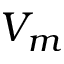
V _ { m }